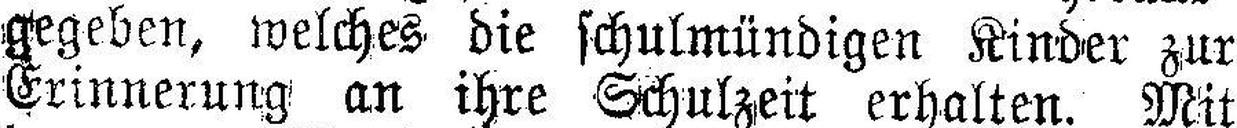
gegeben, welches die schulmündigen Kinder zur